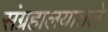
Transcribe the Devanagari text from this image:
संग्रहालयातले